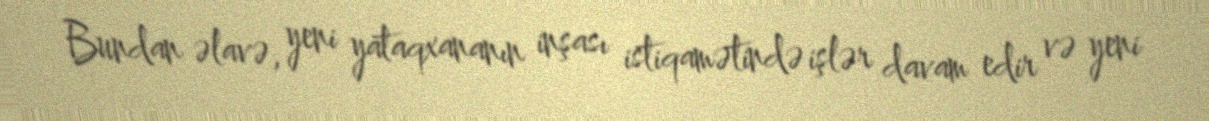
Bundan əlavə, yeni yataqxananın inşası istiqamətində işlər davam edir və yeni